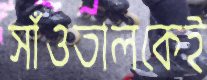
সাঁওতালকেই